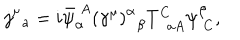
j _ { \; \; a } ^ { \mu } = i \bar { \psi } _ { \alpha } ^ { \; A } \left( \gamma ^ { \mu } \right) _ { \; \; \beta } ^ { \alpha } T _ { \; \; a A } ^ { C } \psi _ { \; C } ^ { \beta } ,